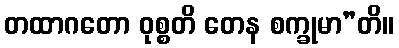
တထာဂတော ဝုစ္စတိ တေန စက္ခုမာ”တိ။